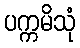
ပက္ကမိသုံ